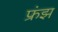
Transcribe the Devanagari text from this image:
फ्रंझ